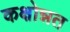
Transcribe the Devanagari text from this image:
कक्षोन्नत